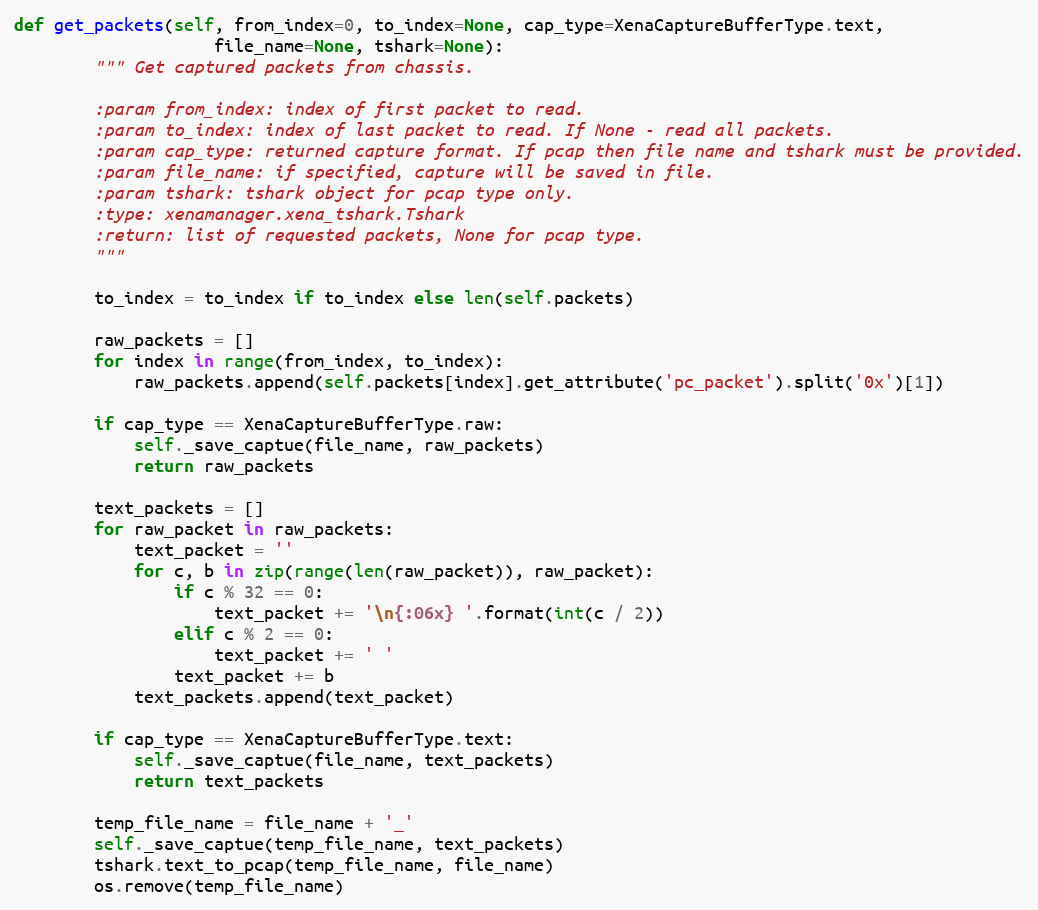
Language: Python
def get_packets(self, from_index=0, to_index=None, cap_type=XenaCaptureBufferType.text,
                    file_name=None, tshark=None):
        """ Get captured packets from chassis.

        :param from_index: index of first packet to read.
        :param to_index: index of last packet to read. If None - read all packets.
        :param cap_type: returned capture format. If pcap then file name and tshark must be provided.
        :param file_name: if specified, capture will be saved in file.
        :param tshark: tshark object for pcap type only.
        :type: xenamanager.xena_tshark.Tshark
        :return: list of requested packets, None for pcap type.
        """

        to_index = to_index if to_index else len(self.packets)

        raw_packets = []
        for index in range(from_index, to_index):
            raw_packets.append(self.packets[index].get_attribute('pc_packet').split('0x')[1])

        if cap_type == XenaCaptureBufferType.raw:
            self._save_captue(file_name, raw_packets)
            return raw_packets

        text_packets = []
        for raw_packet in raw_packets:
            text_packet = ''
            for c, b in zip(range(len(raw_packet)), raw_packet):
                if c % 32 == 0:
                    text_packet += '\n{:06x} '.format(int(c / 2))
                elif c % 2 == 0:
                    text_packet += ' '
                text_packet += b
            text_packets.append(text_packet)

        if cap_type == XenaCaptureBufferType.text:
            self._save_captue(file_name, text_packets)
            return text_packets

        temp_file_name = file_name + '_'
        self._save_captue(temp_file_name, text_packets)
        tshark.text_to_pcap(temp_file_name, file_name)
        os.remove(temp_file_name)